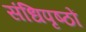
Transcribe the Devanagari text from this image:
संधिपृष्ठों